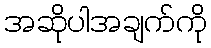
အဆိုပါအချက်ကို